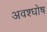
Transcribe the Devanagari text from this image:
अवश्घोष